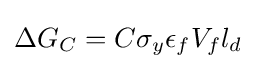
\Delta G_{C}=C\sigma _{y}\epsilon _{f}V_{f}l_{d}